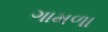
ગામળા